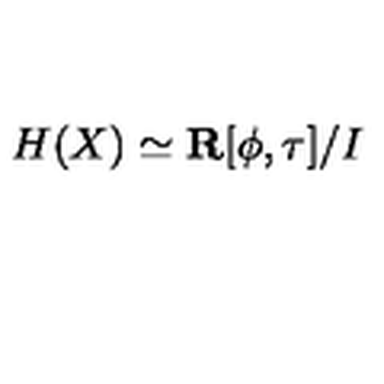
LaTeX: H ( X ) \simeq { \bf R } [ \phi , \tau ] / I